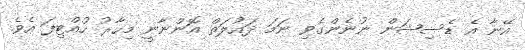
އޭނާ އެ ޑެސިޝަން ނުނެންގެވި ނަމަ ދައުލަތް އޮންނާނީ މިހާރު ހުއްޓިފަ އެވެ.